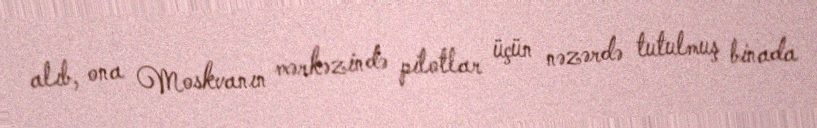
alıb, ona Moskvanın mərkəzində pilotlar üçün nəzərdə tutulmuş binada